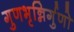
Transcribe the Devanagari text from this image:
गुणभृन्निर्गुणो